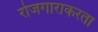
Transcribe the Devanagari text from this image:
रोजगाराकरता